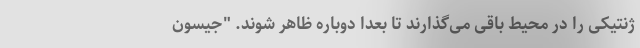
ژنتیکی را در محیط باقی می‌گذارند تا بعدا دوباره ظاهر شوند. "جیسون